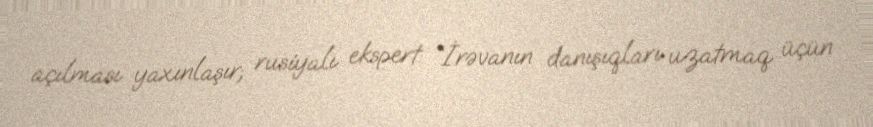
açılması yaxınlaşır; rusiyalı ekspert: “İrəvanın danışıqları uzatmaq üçün